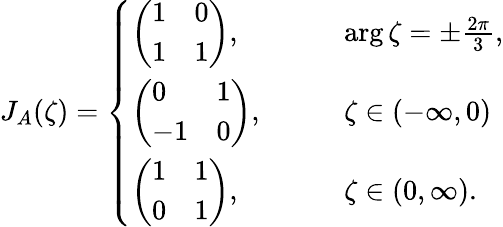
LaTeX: J_{A}(\zeta)=\left\{ \begin{array}{ll}{\left(\begin{array}{ll}{1}&{0}\\ {1}&{1}\end{array}\right),\qquad}&{\arg\zeta=\pm\frac{2\pi}{3},}\\ {\left(\begin{array}{ll}{0}&{1}\\ {-1}&{0}\end{array}\right),\qquad}&{\zeta\in(-\infty,0)}\\ {\left(\begin{array}{ll}{1}&{1}\\ {0}&{1}\end{array}\right),\qquad}&{\zeta\in(0,\infty).}\end{array}\right.